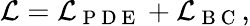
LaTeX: \mathcal{L}=\mathcal{L}_{\mathrm{~P~D~E~}}+\mathcal{L}_{\mathrm{~B~C~}},